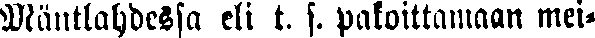
Mäntlahdessa eli t. s. pakoittamaan mei-